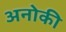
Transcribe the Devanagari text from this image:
अनोकी